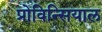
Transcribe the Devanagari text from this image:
प्रोविन्सियाल